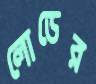
লোডের